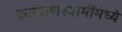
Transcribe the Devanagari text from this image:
कल्याणस्वामींमध्ये